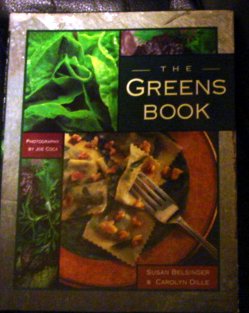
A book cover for The Greens Book; Susan Belsinger; Cookbooks, Food & Wine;